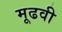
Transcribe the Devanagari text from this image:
मूढवी